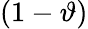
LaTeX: (1-\vartheta)